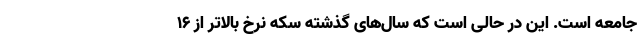
جامعه است. این در حالی است که سال‌های گذشته سکه نرخ بالاتر از ۱۶